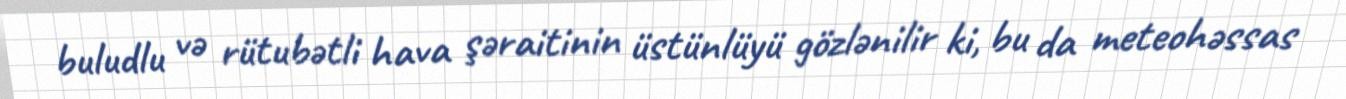
buludlu və rütubətli hava şəraitinin üstünlüyü gözlənilir ki, bu da meteohəssas